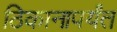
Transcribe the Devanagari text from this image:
ठिकानापर्यंत